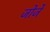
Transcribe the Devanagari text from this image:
जोर्जे